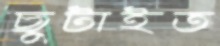
ছুটাইত